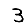
Digit: 3